On kala azar, malaria and malarial cachexia - Number 19
Disease focus: Malaria
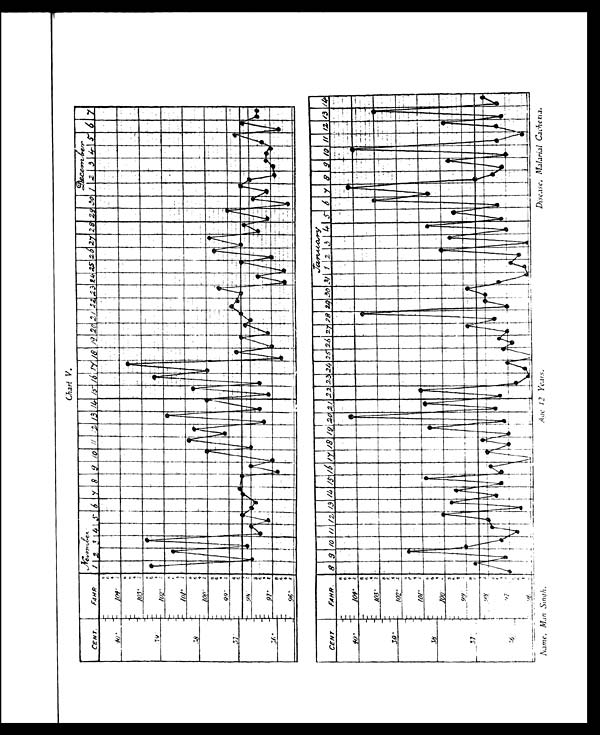
Chart V.
Name, Man Singh.
Ag e 1 2 Ye a r s .
Disease, Malarial Cachexia.